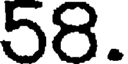
58.